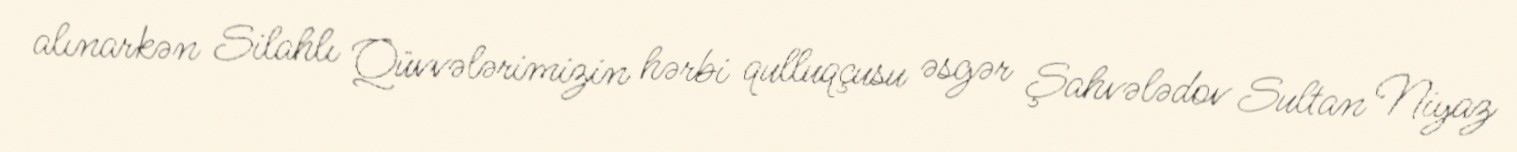
alınarkən Silahlı Qüvvələrimizin hərbi qulluqçusu əsgər Şahvələdov Sultan Niyaz